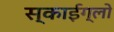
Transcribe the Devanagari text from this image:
स्काईग्लो